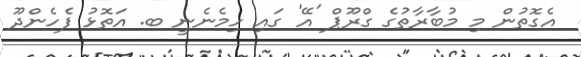
އެގޮތުން މި މުބާރާތުގެ ގްރޫޕް 'އޭ' ގައި ހިމެނެނީ ބ. އަތޮޅު ފެހެންދޫ